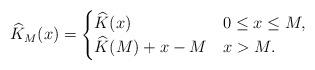
LaTeX: \begin{align*}\widehat K_M(x)=\begin{cases}\widehat K(x)& 0\leq x\leq M,\\\widehat K(M)+x-M&x>M.\end{cases}\end{align*}